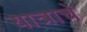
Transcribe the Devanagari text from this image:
यात्राचे